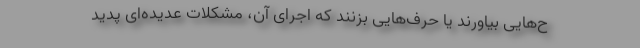
ح‌هایی بیاورند یا حرف‌هایی بزنند که اجرای آن، مشکلات عدیده‌ای پدید